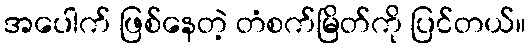
အပေါက် ဖြစ်နေတဲ့ တံစက်မြိတ်ကို ပြင်တယ်။